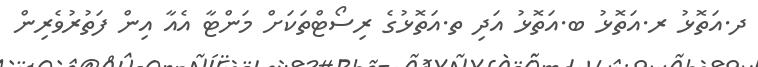
ދ.އަތޮޅު ރ.އަތޮޅު ބ.އަތޮޅު އަދި ތ.އަތޮޅުގެ ރިސޯޓްތަކަށް މަންޓާ އެއާ އިން ފަތުރުވެރިން